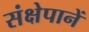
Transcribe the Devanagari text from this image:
संक्षेपानें